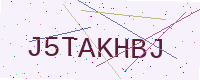
Text: J5TAKHBJ